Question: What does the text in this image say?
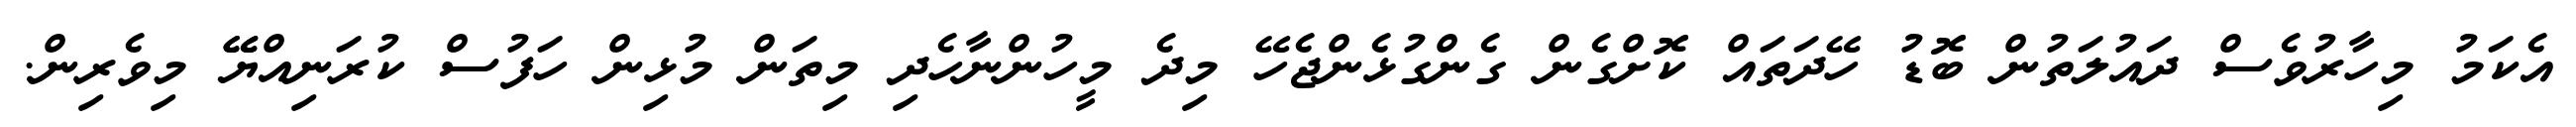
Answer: އެކަމު މިހާރުވެސް ދައުލަތުން ބޮޑު ހޭދަތައް ކޮށްގެން ގެންގުޅެންޖެހޭ މިދެ މީހުންނާހެދި މިތަން މުޅިން ހަފުސް ކުރަނިއްޔޭޭ މިވެރިން.